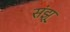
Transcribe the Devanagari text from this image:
संझू